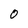
Character: 0